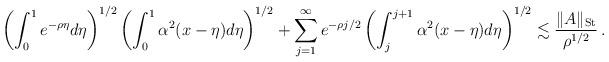
LaTeX: \begin{align*}\left(\int_0^1 e^{-\rho \eta}d\eta\right)^{1/2}\left(\int_0^1\alpha^2(x-\eta)d\eta\right)^{1/2}+\sum_{j=1}^{\infty}e^{-\rho j/2}\left(\int_j^{j+1} \alpha^2(x-\eta)d\eta\right)^{1/2}\lesssim \frac{\|A\|_{\rm St}}{\rho^{1/2}}\,.\end{align*}